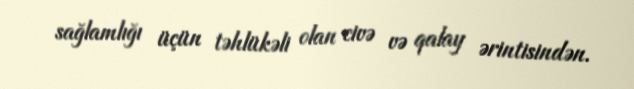
sağlamlığı üçün təhlükəli olan civə və qalay ərintisindən.